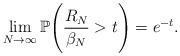
LaTeX: \begin{align*}\lim\limits_{N \rightarrow \infty} \mathbb{P} \Bigg(\frac{R_{N}}{\beta_{N}} > t \Bigg) = e^{-t}.\end{align*}